Tartu_pedagoogiumi_aruanded, lk 18
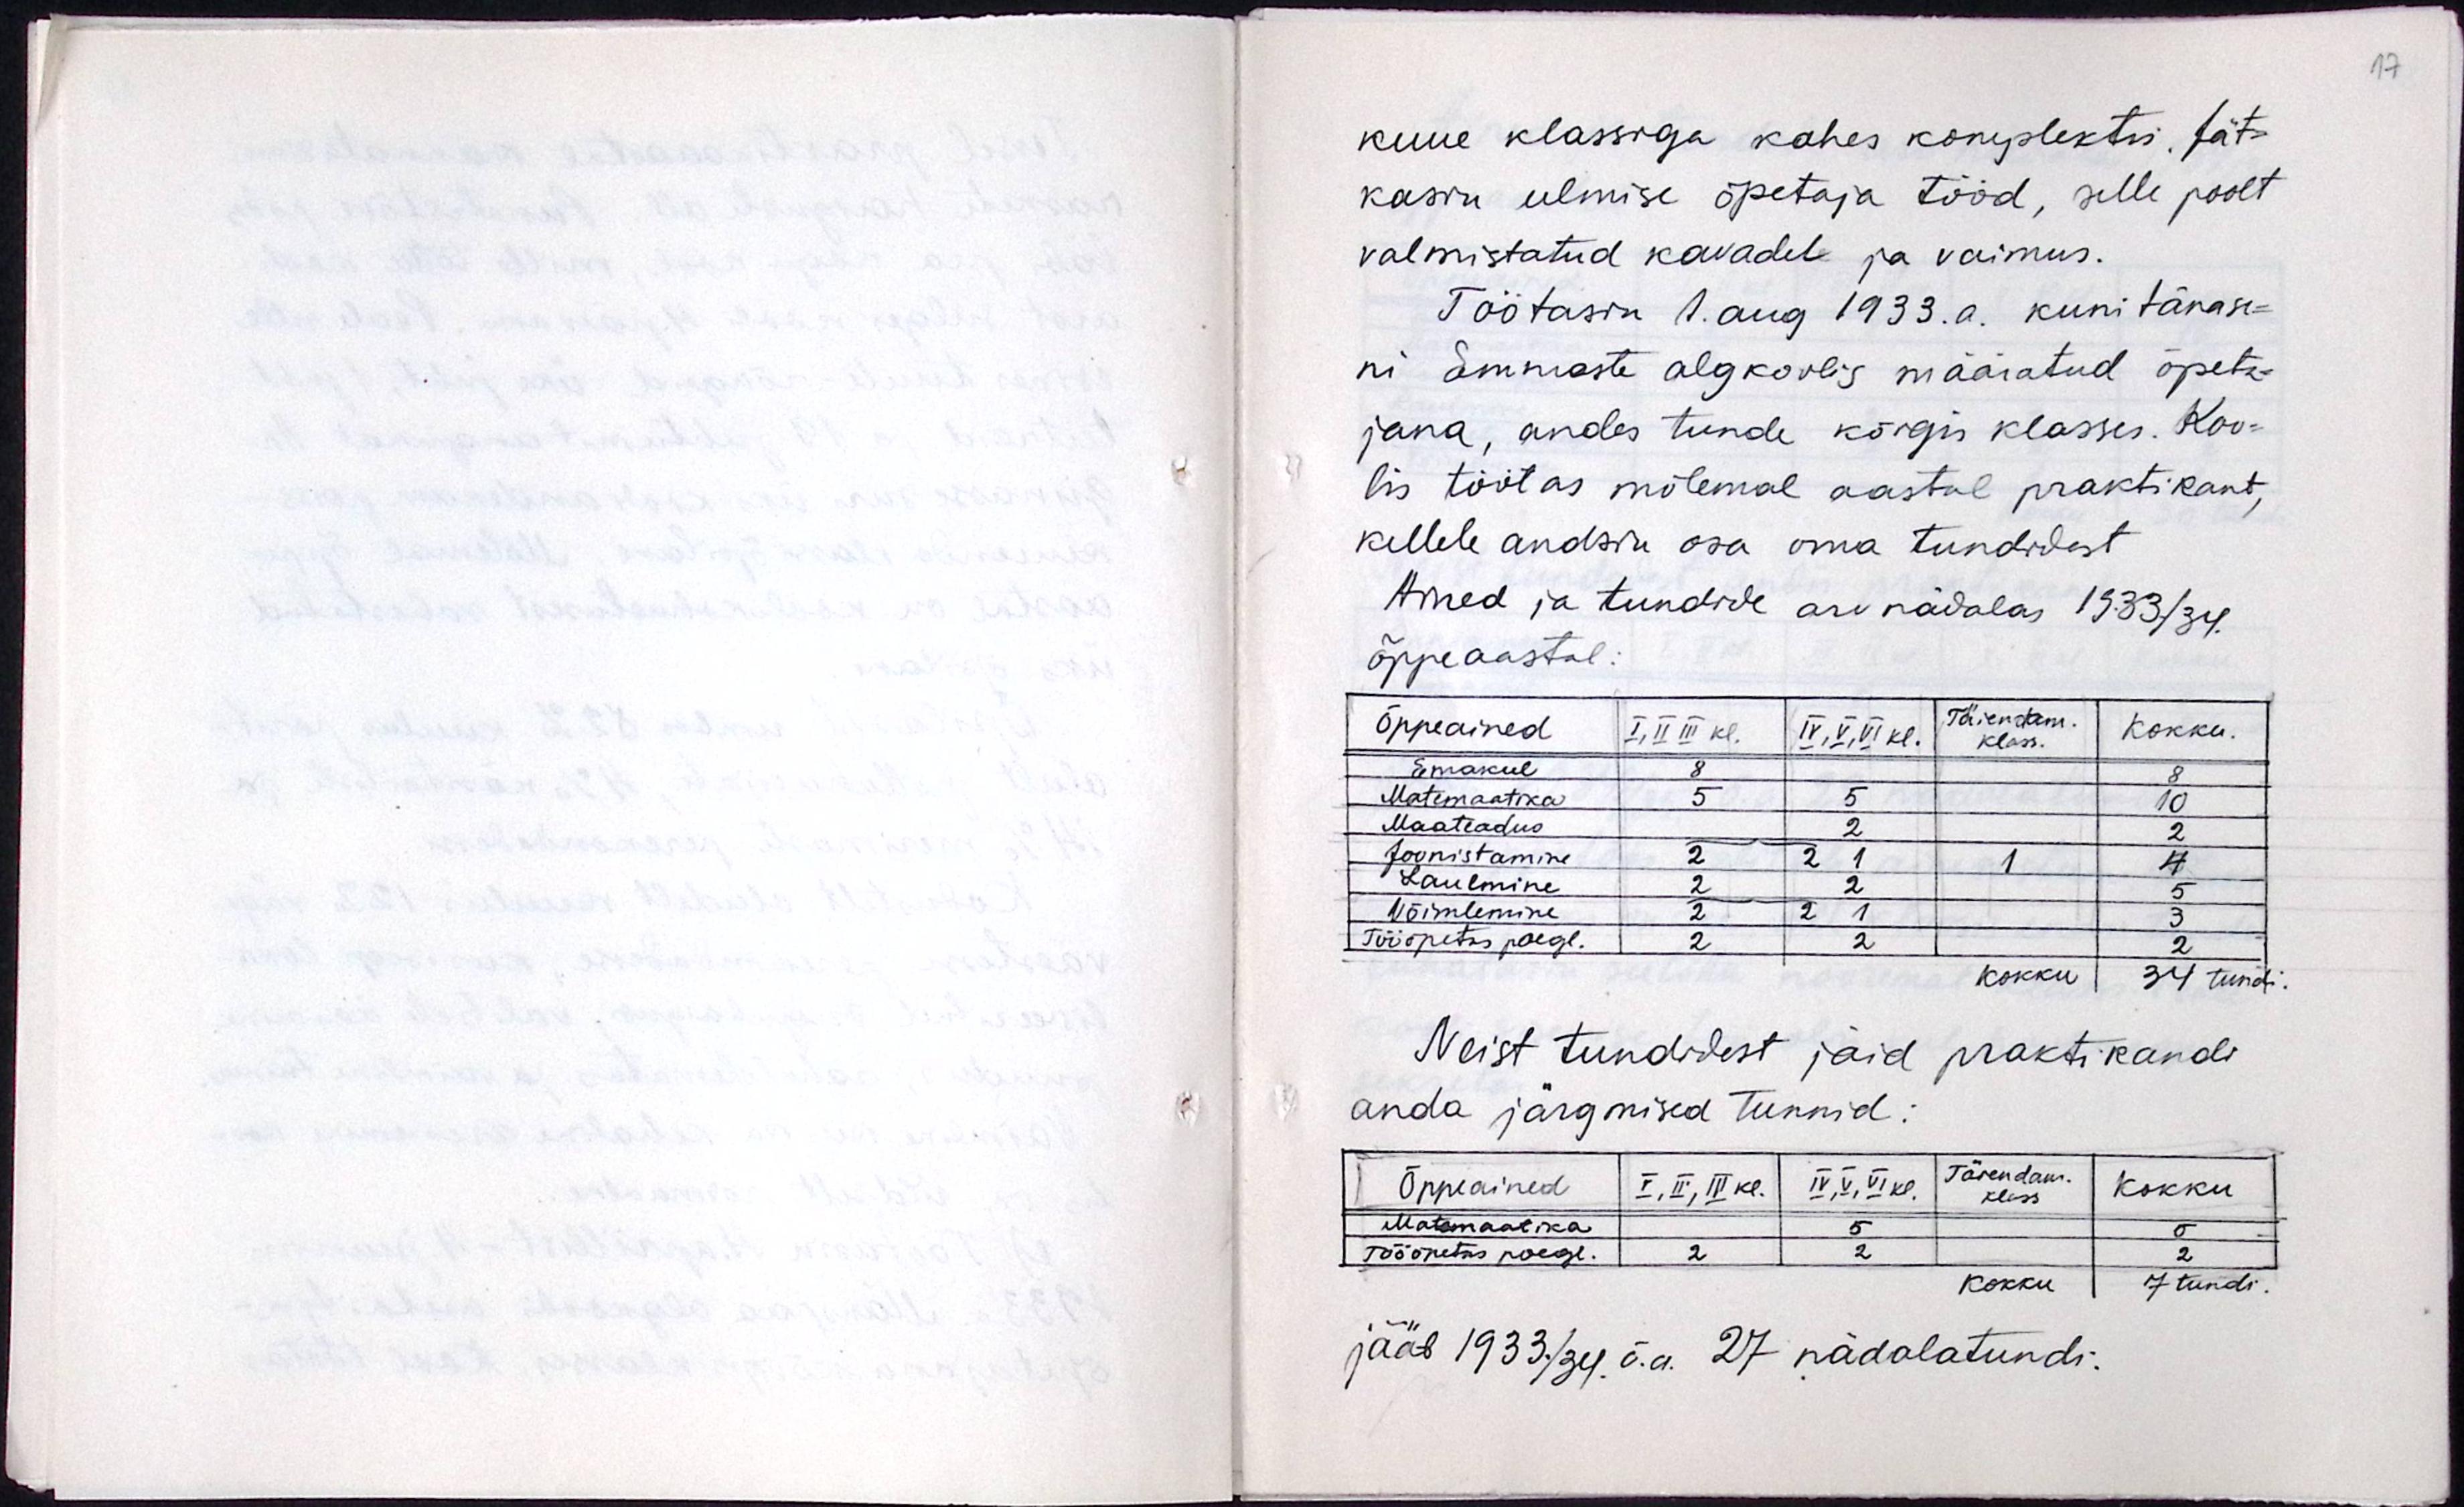
kuue klassiga kahes komplektis. Jät-
kasin eelemise õpetaja tööd, selle poolt
valmistatud kavadel ja vaimus.
Töötasin 1 aug 1933.a. kuni tänase-
ni Emmaste algkoolis määratud õpeta-
jana andes tunde kõigis klassis. Koo-
lis töötas mõlemal aastal praktikant,
kellel andsin osa oma tundidest.
Ained ja tundide arv nädalas 1933./34.
õppeaastal.
Neist tundidest jäid praktikandi
anda järgmised tunnid.
jääb 1933./34. õ.a 27 nädalatundi.